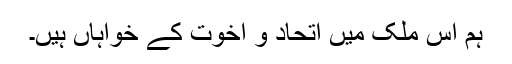
ہم اس ملک میں اتحاد و اخوت کے خواہاں ہیں۔